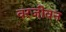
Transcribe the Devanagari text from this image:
वरजीवन